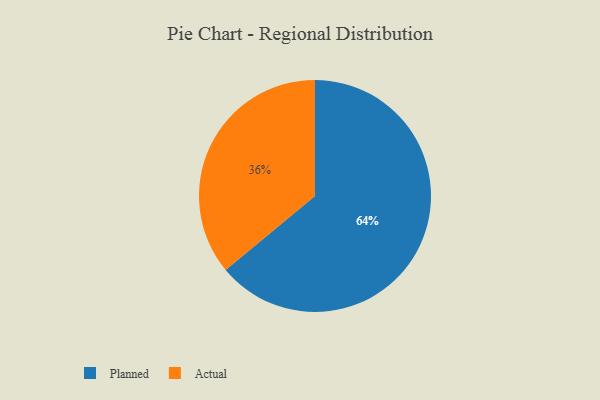
{"axis": {"x": "Category", "y": "Percentage"}, "legend": ["Actual", "Planned"], "data": [{"x": "Actual", "y": 36, "type": "Actual"}, {"x": "Planned", "y": 64, "type": "Planned"}]}